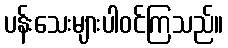
ပန်းသေးများပါဝင်ကြသည်။